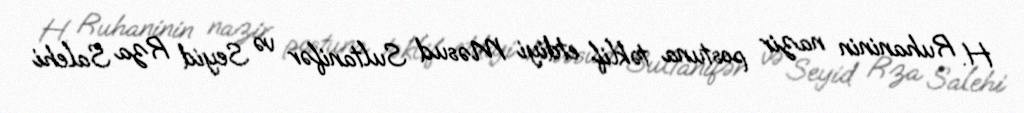
H. Ruhaninin nazir postuna təklif etdiyi Məsud Sultanifər və Seyid Rza Salehi